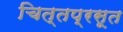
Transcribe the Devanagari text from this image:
चित्तप्रसूत